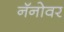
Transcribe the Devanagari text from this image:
नॅनोवर